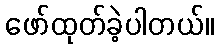
ဖော်ထုတ်ခဲ့ပါတယ်။